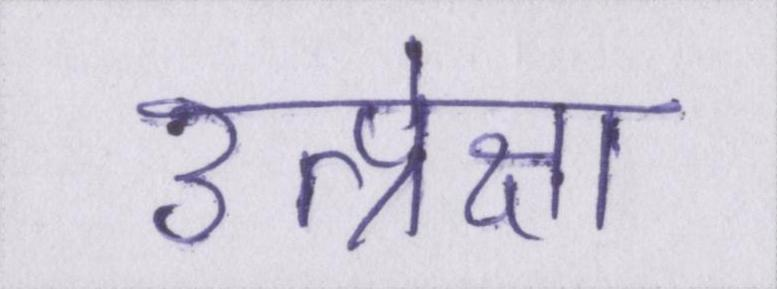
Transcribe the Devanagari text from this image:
उत्प्रेक्षा